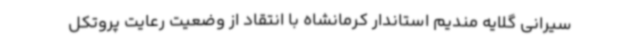
سیرانی گلایه مندیم استاندار کرمانشاه با انتقاد از وضعیت رعایت پروتکل